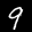
Label: 9